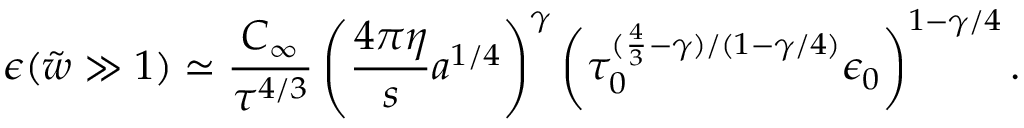
\epsilon ( { \tilde { w } } \gg 1 ) \simeq \frac { C _ { \infty } } { \tau ^ { 4 / 3 } } \left( \frac { 4 \pi \eta } { s } a ^ { 1 / 4 } \right) ^ { \gamma } \left( \tau _ { 0 } ^ { ( \frac { 4 } { 3 } - \gamma ) / ( 1 - \gamma / 4 ) } \epsilon _ { 0 } \right) ^ { 1 - \gamma / 4 } .